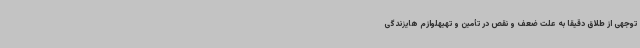
توجهی از طلاق دقیقاً به علت ضعف و نقص در تأمین و تهیهلوازم هایزندگی